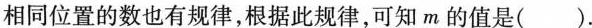
相同位置的数也有规律，根据此规律，可知m的值是().